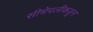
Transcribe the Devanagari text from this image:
सीमेपलीकडून